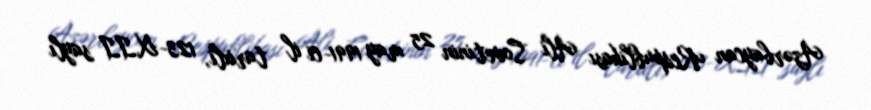
Azərbaycan Respublikası Ali Sovetinin 25 may 1991-ci il tarixli, 123-XII saylı